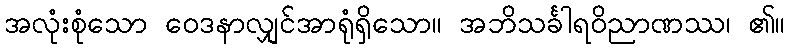
အလုံးစုံသော ဝေဒနာလျှင်အာရုံရှိသော။ အဘိသင်္ခါရဝိညာဏဿ၊ ၏။